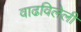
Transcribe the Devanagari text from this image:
वाढविलेली